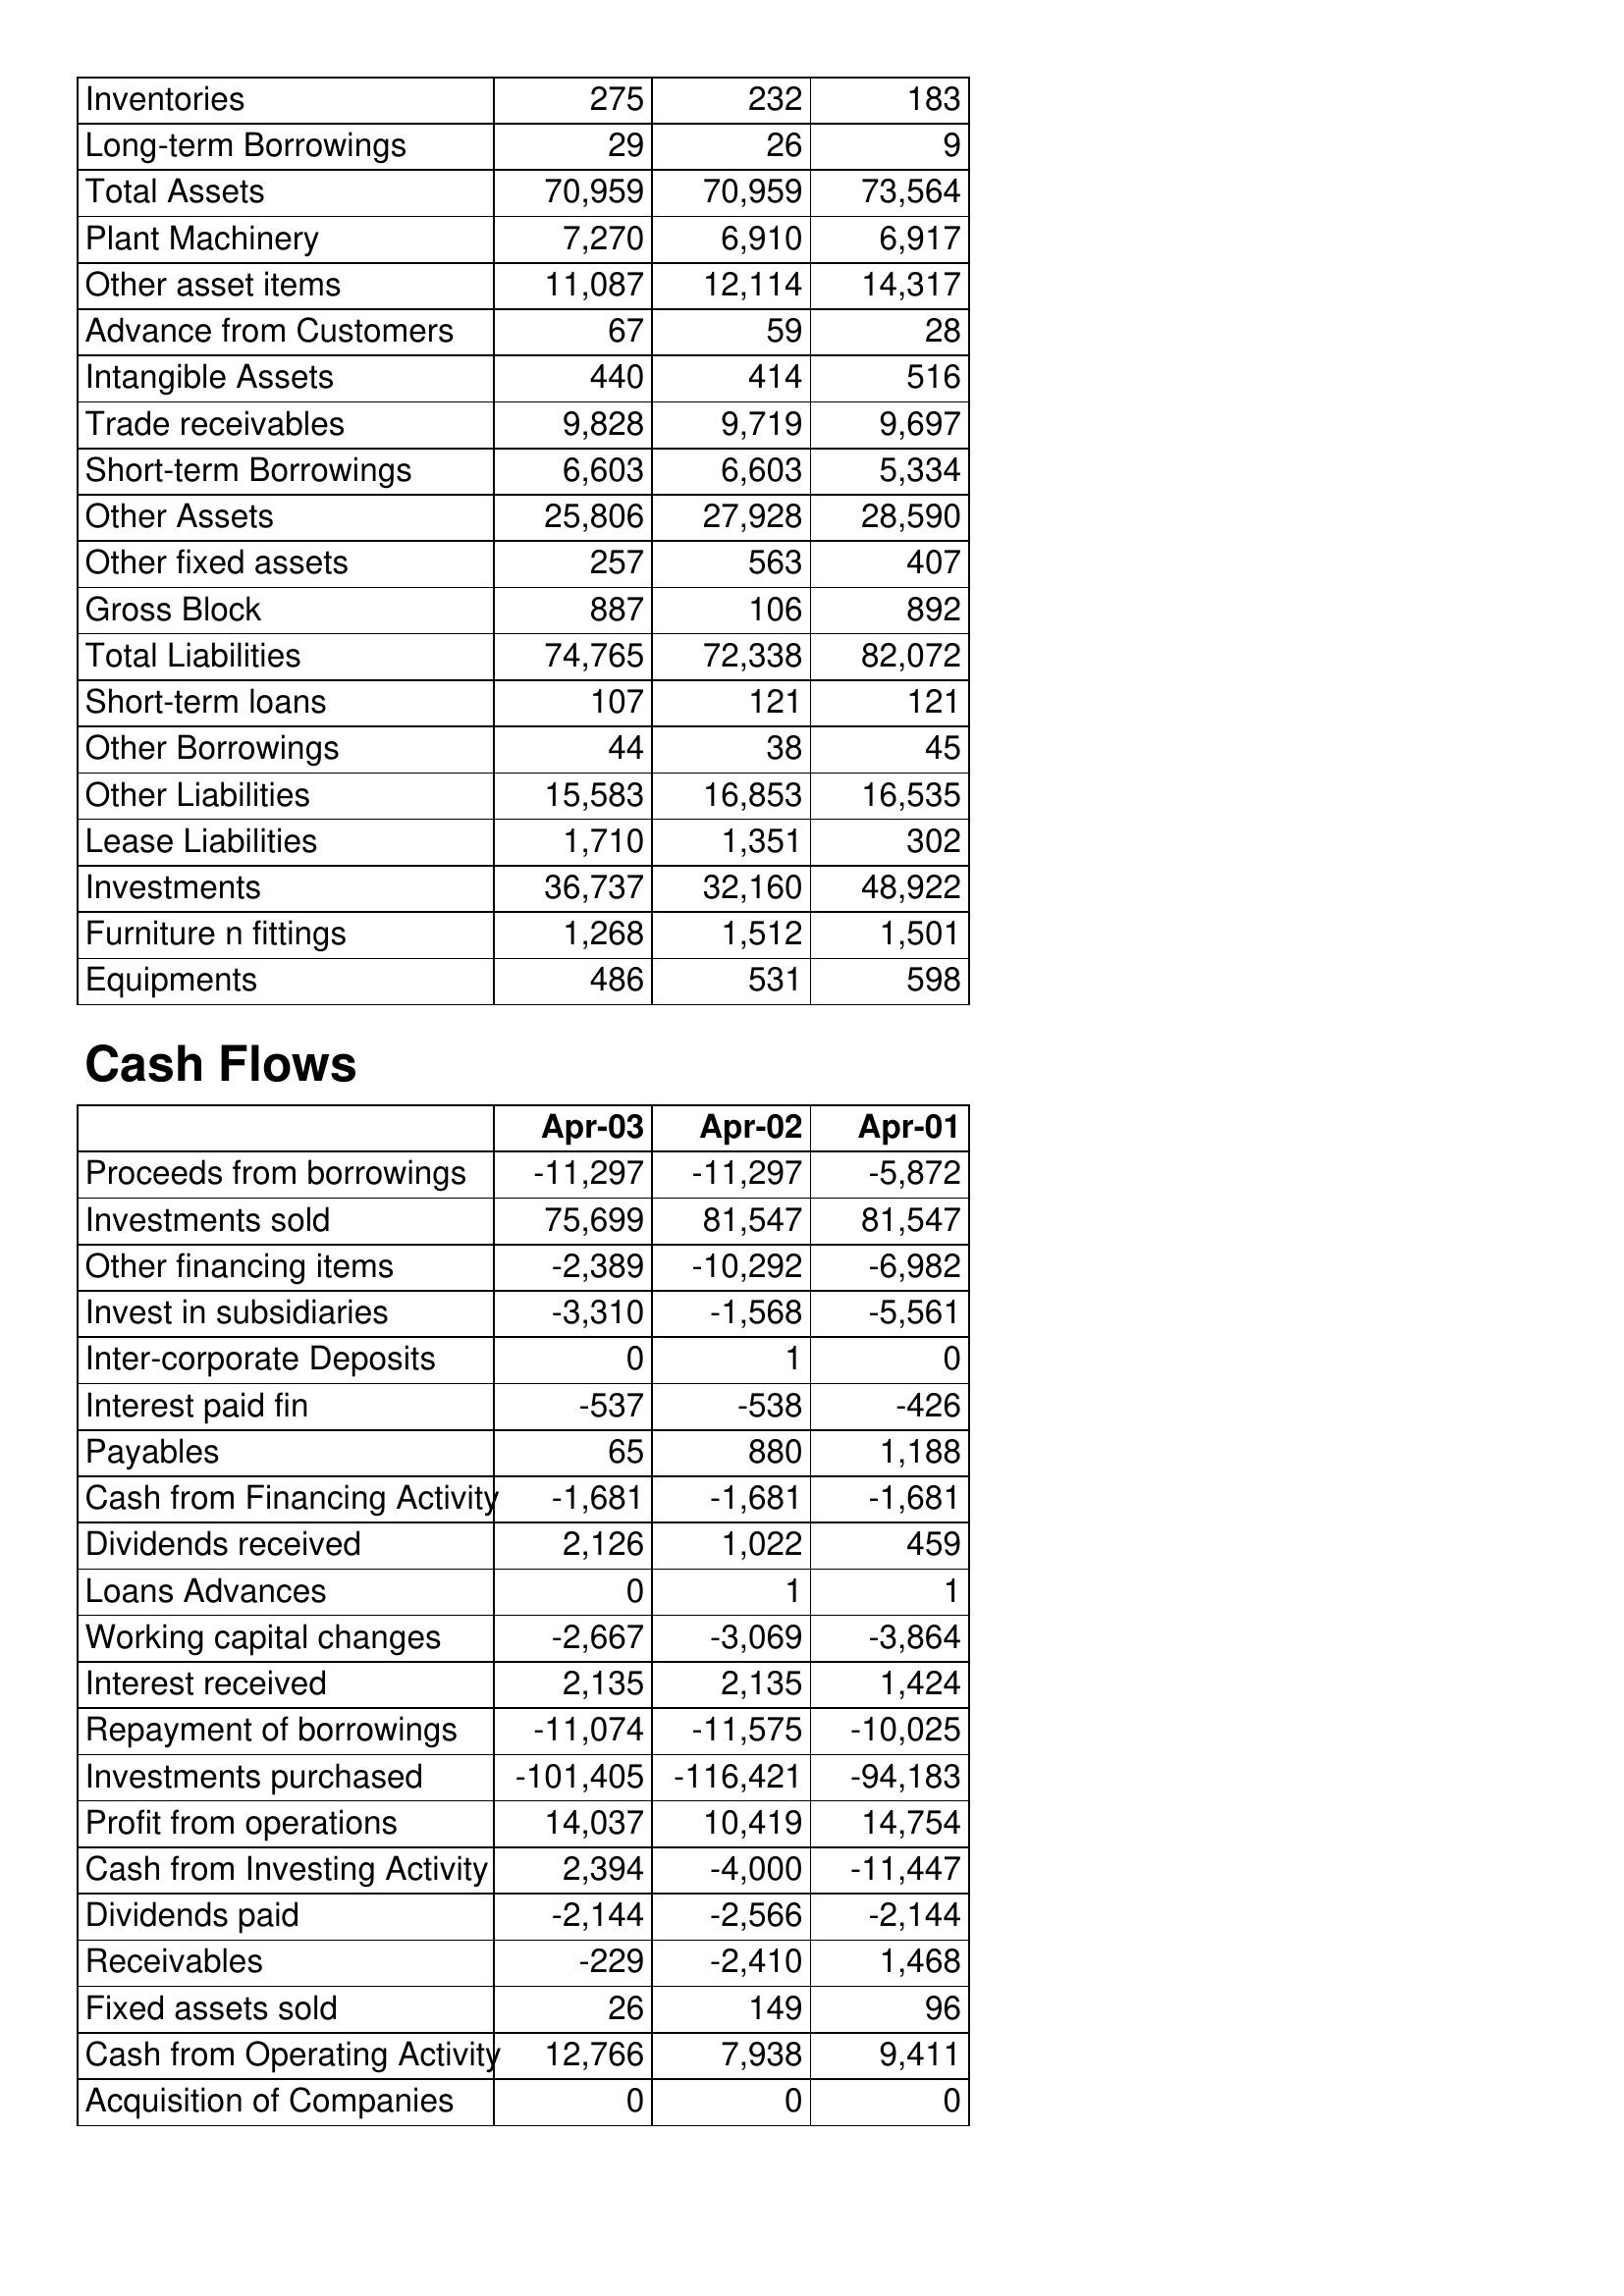
Apr-03: Balance Sheet: Inventories: 275
Long-term Borrowings: 29
Total Assets: 70,959
Plant Machinery: 7,270
Other asset items: 11,087
Advance from Customers: 67
Intangible Assets: 440
Trade receivables: 9,828
Short-term Borrowings: 6,603
Other Assets: 25,806
Other fixed assets: 257
Gross Block: 887
Total Liabilities: 74,765
Short-term loans: 107
Other Borrowings: 44
Other Liabilities: 15,583
Lease Liabilities: 1,710
Investments: 36,737
Furniture n fittings: 1,268
Equipments: 486
Cash Flows: Proceeds from borrowings: -11,297
Investments sold: 75,699
Other financing items: -2,389
Invest in subsidiaries: -3,310
Inter-corporate Deposits: 0
Interest paid fin: -537
Payables: 65
Cash from Financing Activity: -1,681
Dividends received: 2,126
Loans Advances: 0
Working capital changes: -2,667
Interest received: 2,135
Repayment of borrowings: -11,074
Investments purchased: -101,405
Profit from operations: 14,037
Cash from Investing Activity: 2,394
Dividends paid: -2,144
Receivables: -229
Fixed assets sold: 26
Cash from Operating Activity: 12,766
Acquisition of Companies: 0
Apr-02: Balance Sheet: Inventories: 232
Long-term Borrowings: 26
Total Assets: 70,959
Plant Machinery: 6,910
Other asset items: 12,114
Advance from Customers: 59
Intangible Assets: 414
Trade receivables: 9,719
Short-term Borrowings: 6,603
Other Assets: 27,928
Other fixed assets: 563
Gross Block: 106
Total Liabilities: 72,338
Short-term loans: 121
Other Borrowings: 38
Other Liabilities: 16,853
Lease Liabilities: 1,351
Investments: 32,160
Furniture n fittings: 1,512
Equipments: 531
Cash Flows: Proceeds from borrowings: -11,297
Investments sold: 81,547
Other financing items: -10,292
Invest in subsidiaries: -1,568
Inter-corporate Deposits: 1
Interest paid fin: -538
Payables: 880
Cash from Financing Activity: -1,681
Dividends received: 1,022
Loans Advances: 1
Working capital changes: -3,069
Interest received: 2,135
Repayment of borrowings: -11,575
Investments purchased: -116,421
Profit from operations: 10,419
Cash from Investing Activity: -4,000
Dividends paid: -2,566
Receivables: -2,410
Fixed assets sold: 149
Cash from Operating Activity: 7,938
Acquisition of Companies: 0
Apr-01: Balance Sheet: Inventories: 183
Long-term Borrowings: 9
Total Assets: 73,564
Plant Machinery: 6,917
Other asset items: 14,317
Advance from Customers: 28
Intangible Assets: 516
Trade receivables: 9,697
Short-term Borrowings: 5,334
Other Assets: 28,590
Other fixed assets: 407
Gross Block: 892
Total Liabilities: 82,072
Short-term loans: 121
Other Borrowings: 45
Other Liabilities: 16,535
Lease Liabilities: 302
Investments: 48,922
Furniture n fittings: 1,501
Equipments: 598
Cash Flows: Proceeds from borrowings: -5,872
Investments sold: 81,547
Other financing items: -6,982
Invest in subsidiaries: -5,561
Inter-corporate Deposits: 0
Interest paid fin: -426
Payables: 1,188
Cash from Financing Activity: -1,681
Dividends received: 459
Loans Advances: 1
Working capital changes: -3,864
Interest received: 1,424
Repayment of borrowings: -10,025
Investments purchased: -94,183
Profit from operations: 14,754
Cash from Investing Activity: -11,447
Dividends paid: -2,144
Receivables: 1,468
Fixed assets sold: 96
Cash from Operating Activity: 9,411
Acquisition of Companies: 0